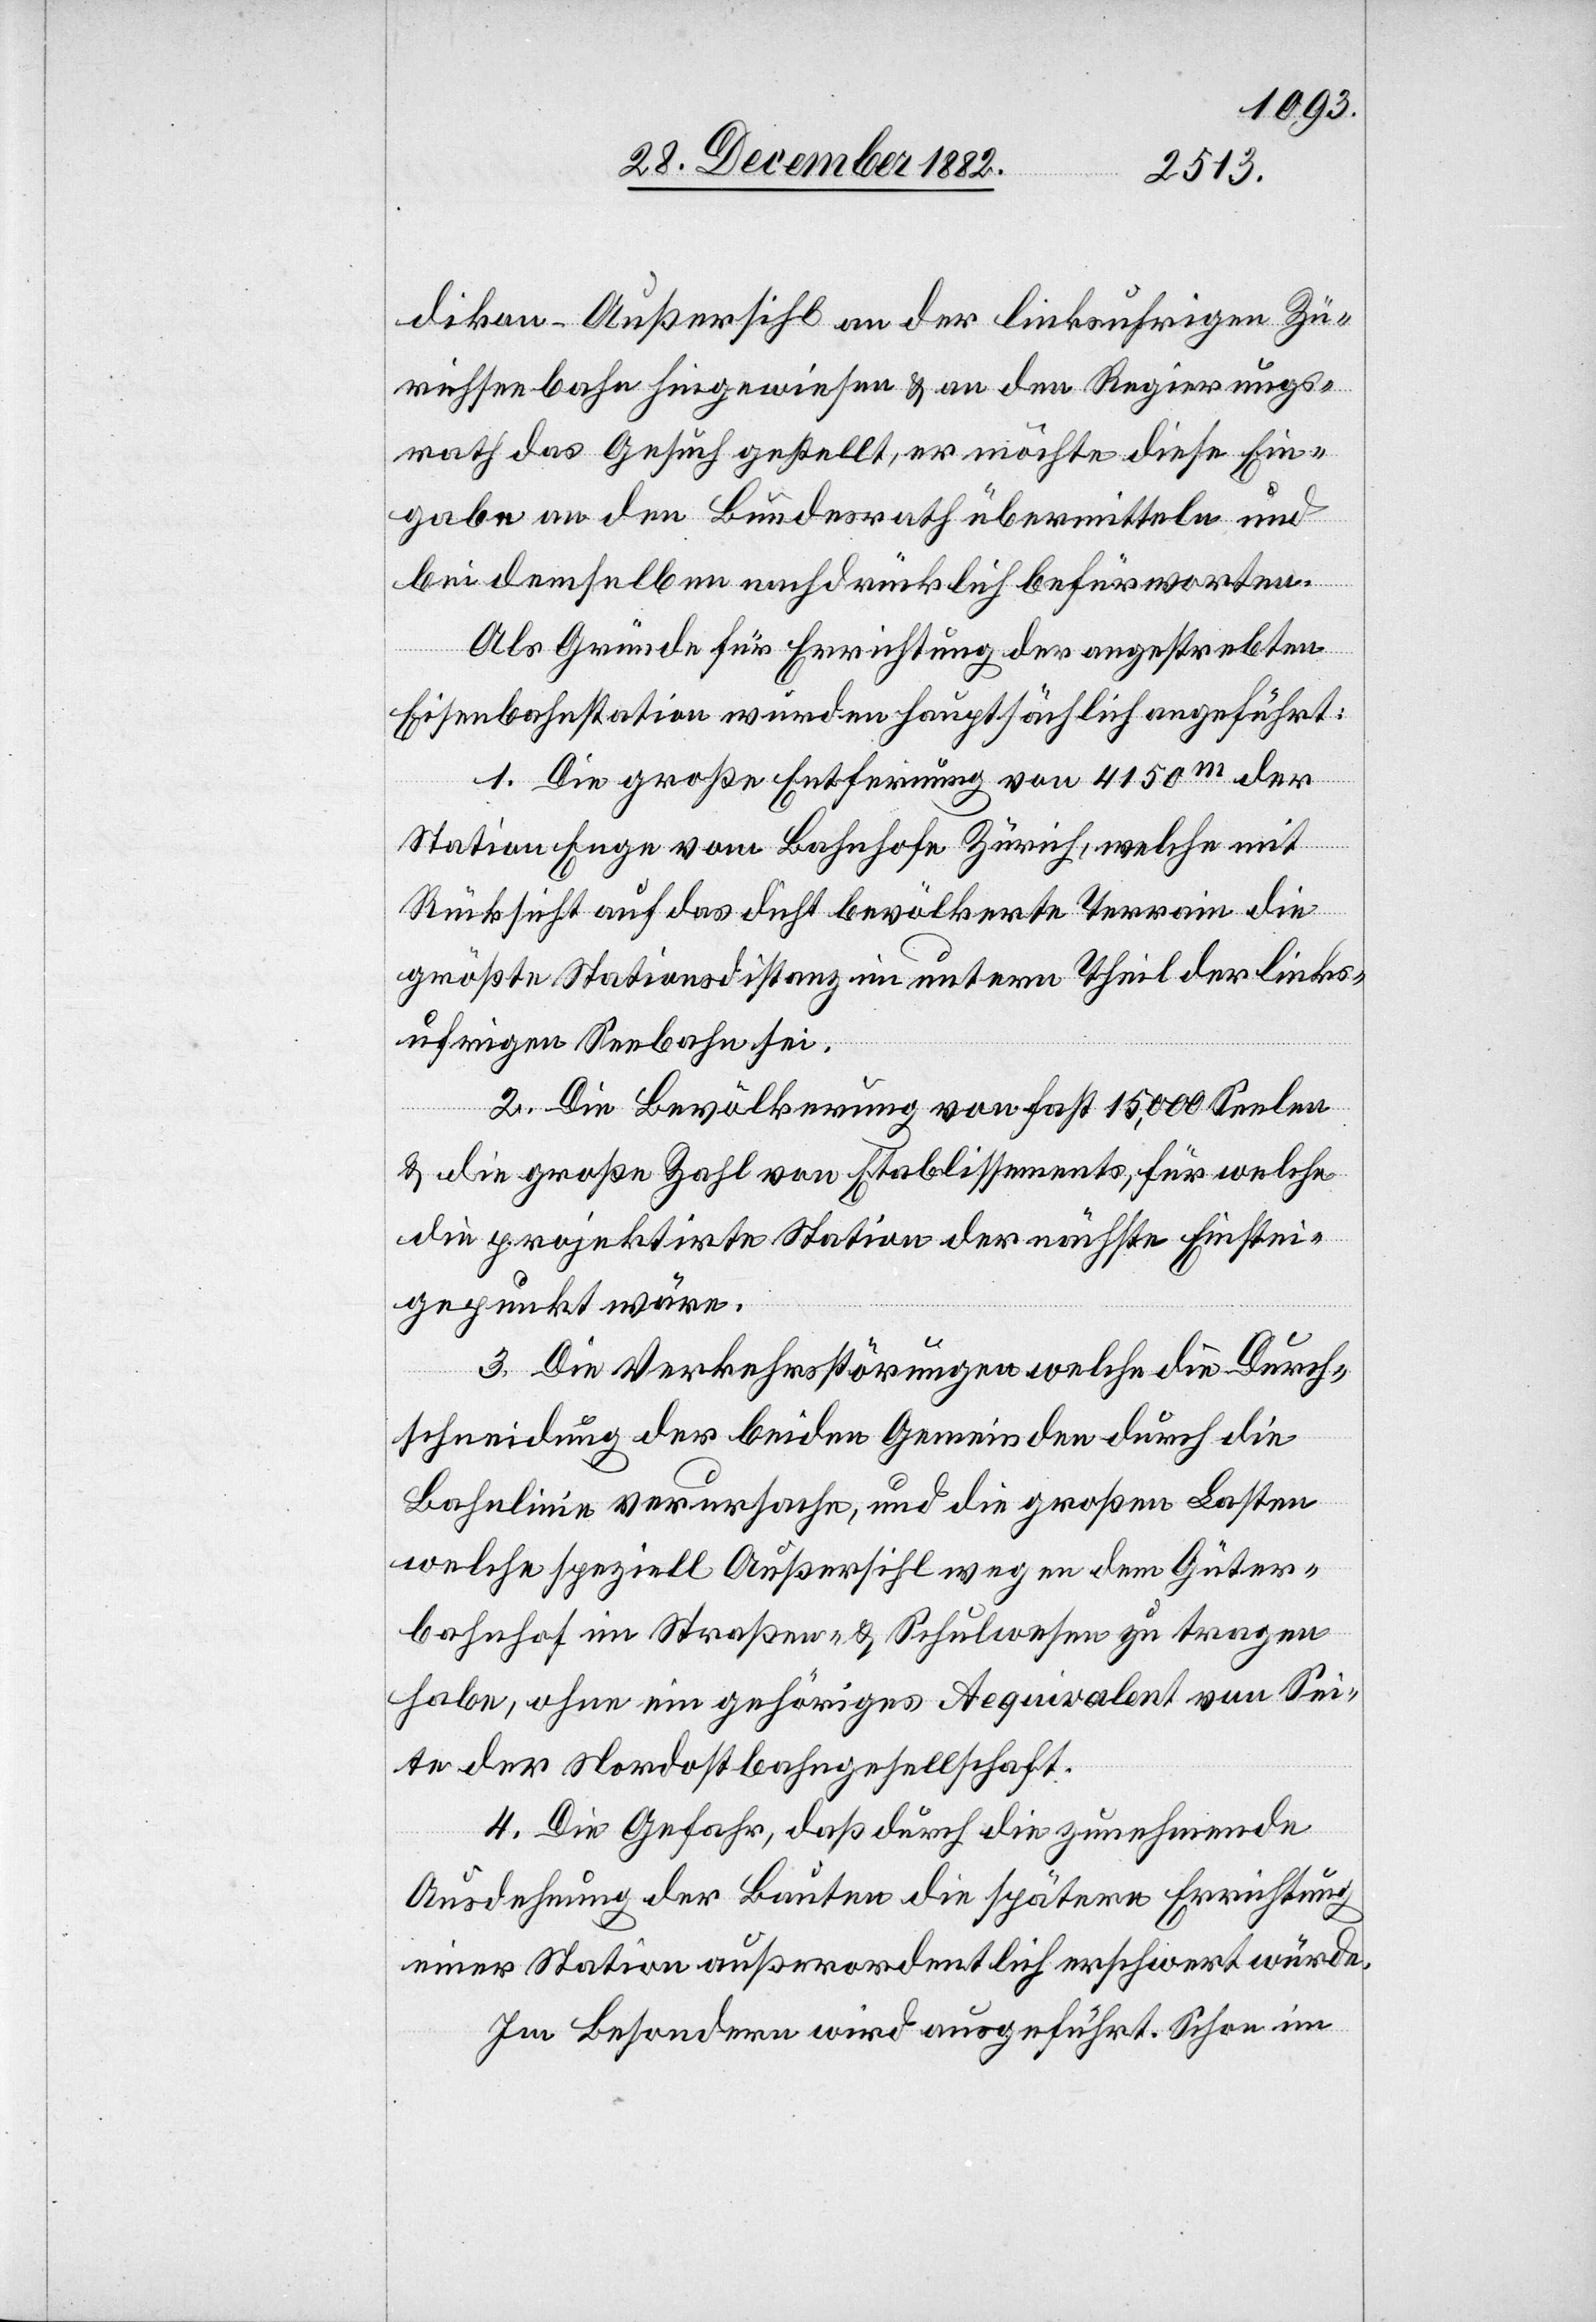
dikon - Außersihl an der linksufrigen Zü¬
richseebahn hingewiesen & an den Regierungs¬
rath das Gesuch gestellt, er möchte diese Ein¬
gabe an den Bundesrath übermitteln und
bei demselben nachdrücklich befürworten.
Als Gründe für Errichtung der angestrebten
Eisenbahnstation wurden hauptsächlich angeführt:
1. Die große Entfernung von 4150m der
Station Enge vom Bahnhofe Zürich, welche mit
Rücksicht auf das dicht bevölkerte Terrain die
größte Stationsdistanz im untern Theil der links¬
ufrigen Seebahn sei.
2. Die Bevölkerung von fast 15,000 Seelen
& die große Zahl von Etablissements, für welche
die projektirte Station der nächste Einstei¬
gepunkt wäre.
3. Die Verkehrsstörungen welche die Durch¬
schneidung der beiden Gemeinden durch die
Bahnlinie verursache, und die großen Lasten
welche speziell Außersihl wegen dem Güter¬
bahnhof im Straßen- & Schulwesen zu tragen
habe, ohne ein gehöriges Aequivalent von Sei¬
ten der Nordostbahngesellschaft.
4. Die Gefahr, daß durch die zunehmende
Ausdehnung der Bauten die spätere Errichtung
einer Station außerordentlich erschwert würde.
Im Besondern wird ausgeführt: Schon im